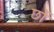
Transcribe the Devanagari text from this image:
छों